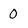
Character: 0